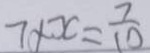
7 \times x = \frac { 7 } { 1 0 }